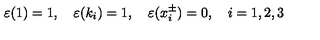
\varepsilon ( 1 ) = 1 , \quad \varepsilon ( k _ { i } ) = 1 , \quad \varepsilon ( x _ { i } ^ { \pm } ) = 0 , \quad i = 1 , 2 , 3